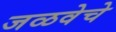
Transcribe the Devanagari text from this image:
जळवेचे